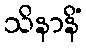
သိနာနိံ